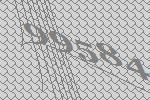
99584